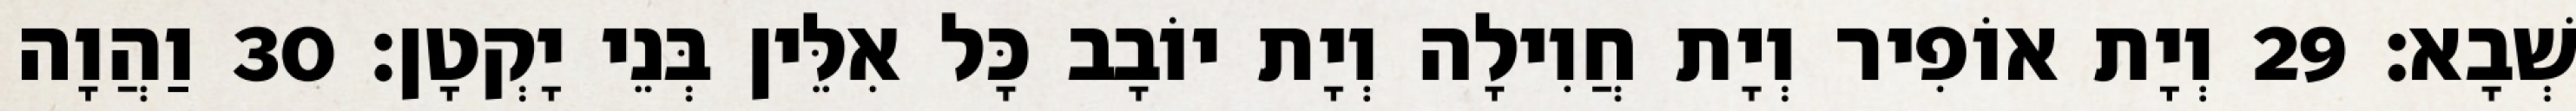
שְׁבָא׃ 29 וְיָת אוֹפִיר וְיָת חֲוִילָה וְיָת יוֹבָב כָּל אִלֵּין בְּנֵי יָקְטָן׃ 30 וַהֲוָה